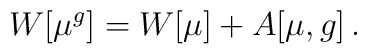
W[\mu^g]  = W[\mu] + A[\mu,g]\,.